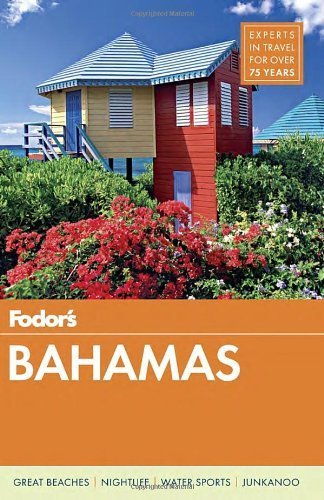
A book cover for Fodor's Bahamas, 29th Edition by Fodor Travel Publications (2014) Paperback; Travel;